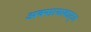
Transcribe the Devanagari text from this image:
अक्सायाकाट्ल